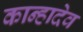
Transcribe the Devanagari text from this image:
कान्हादेव